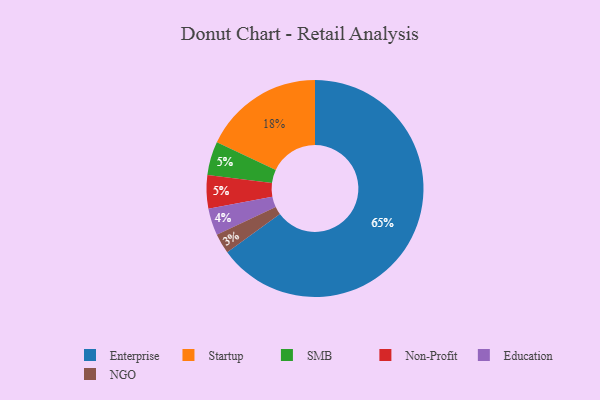
{"axis": {"x": "Category", "y": "Percentage"}, "legend": ["Education", "Enterprise", "NGO", "Non-Profit", "SMB", "Startup"], "data": [{"x": "SMB", "y": 5, "type": "SMB"}, {"x": "Education", "y": 4, "type": "Education"}, {"x": "Non-Profit", "y": 5, "type": "Non-Profit"}, {"x": "Startup", "y": 18, "type": "Startup"}, {"x": "NGO", "y": 3, "type": "NGO"}, {"x": "Enterprise", "y": 65, "type": "Enterprise"}]}